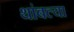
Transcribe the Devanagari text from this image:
थांबल्या